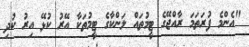
"އެންމެ ފުރަތަމަ ރާއްޖޭގެ ޓީމުތައް ލަންކާގެ ޓީމުތަކާ އޭރު ކުޅޭ އިރު ކުދި